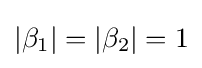
|\beta _{1}|=|\beta _{2}|=1